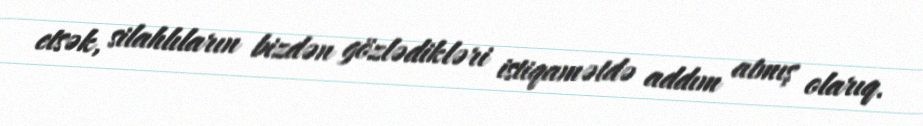
etsək, silahlıların bizdən gözlədikləri istiqamətdə addım atmış olarıq.